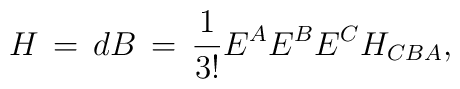
H \,=\,dB \,=\,\frac{1}{3!} E^A E^B E^C H_{CBA},